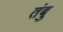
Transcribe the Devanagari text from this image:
तंबु